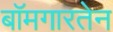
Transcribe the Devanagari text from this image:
बॉमगारतेन